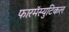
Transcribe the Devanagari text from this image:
फारमॅस्युटिकल